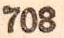
708